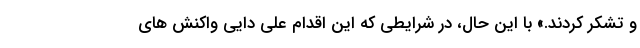
و تشکر کردند.» با این حال، در شرایطی که این اقدام علی دایی واکنش های